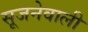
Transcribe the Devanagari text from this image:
सूजनेवाली